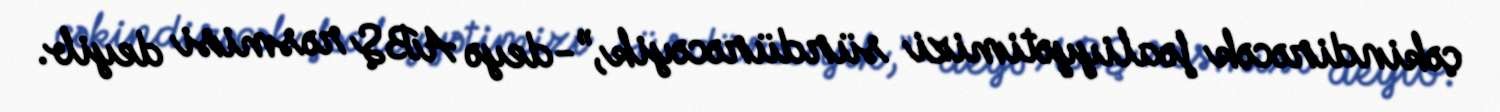
çəkindirəcək fəaliyyətimizi sürdürəcəyik,”-deyə ABŞ rəsmisi deyib.